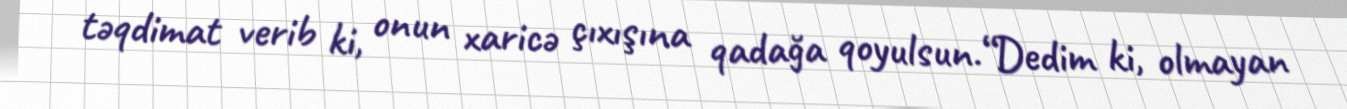
təqdimat verib ki, onun xaricə çıxışına qadağa qoyulsun.“Dedim ki, olmayan